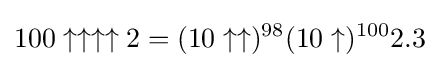
100\uparrow \uparrow \uparrow \uparrow 2=(10\uparrow \uparrow )^{98}(10\uparrow )^{100}2.3